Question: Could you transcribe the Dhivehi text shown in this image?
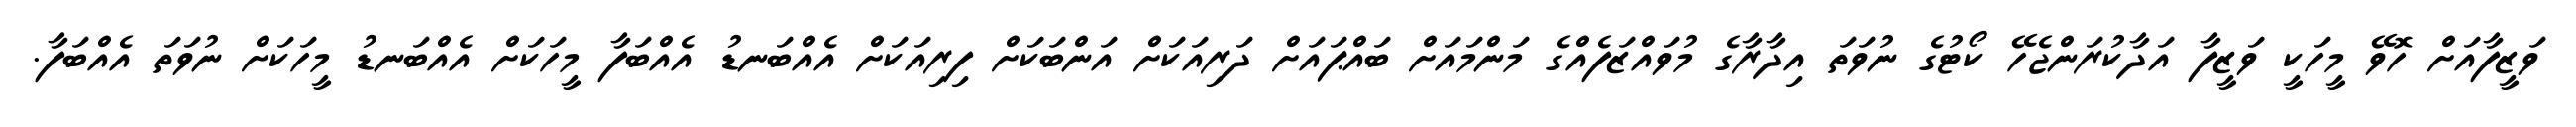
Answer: ވަޒީފާއަށް ހޮވޭ މީހަކީ ވަޒީފާ އަދާކުރަންޖެހޭ ކޯޓުގެ ނުވަތަ އިދާރާގެ މުވައްޒަފެއްގެ މަންމައަށް ބައްޕައަށް ދަރިއަކަށް އަންބަކަށް ފިރިއަކަށް އެއްބަނޑު އެއްބަފާ މީހަކަށް އެއްބަނޑު މީހަކަށް ނުވަތަ އެއްބަފާ.